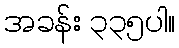
အခန်း ၃၃၅ပါ။